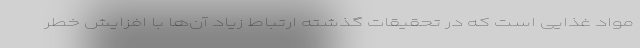
مواد غذایی است که در تحقیقات گذشته ارتباط زیاد آن‌ها با افزایش خطر